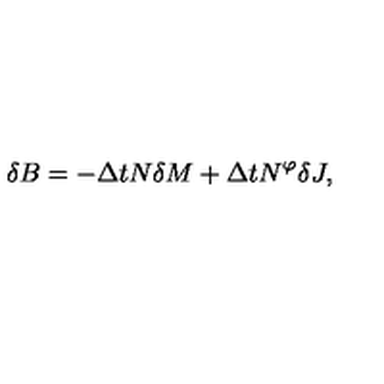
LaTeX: \delta B = - \Delta t N \delta M + \Delta t N ^ { \varphi } \delta J ,